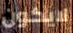
لايكون